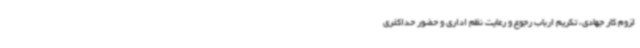
لزوم کار جهادی، تکریم ارباب رجوع و رعایت نظم اداری و حضور حداکثری